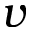
v